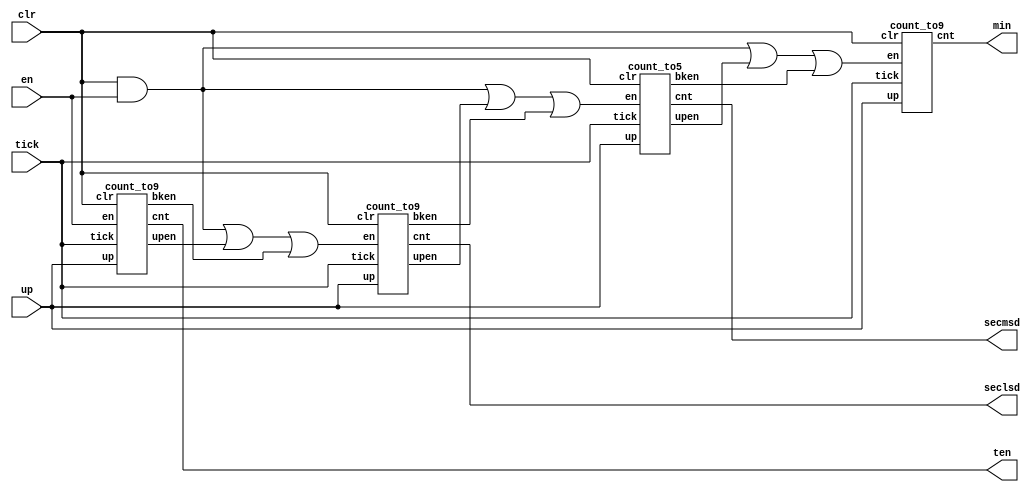
// Counts up or down from 0 to 10 minutes,
// with precision of 1/10th second
// Based on count00to59.v
//
// Shaya Wolf
// 2017-04-26

module counter(min,secmsd,seclsd,ten,tick,clr,en,up);
	output [3:0] min,secmsd,seclsd,ten;
	input  tick,clr,en,up;

	wire  upen,bken,mupen,mbken,minupen,minbken,lsden,msden,minen;

	count_to9 tenth(ten,tick,clr,en,up,upen,bken);
	count_to9 lsdig_second(seclsd,tick,clr,lsden,up,mupen,mbken);
	count_to5 msdig_second(secmsd,tick,clr,msden,up,minupen,minbken);
	count_to9 minute(min,tick,clr,minen,up, , );

	assign lsden = (clr && en) || upen || bken;
	assign msden = (clr && en) || mupen || mbken;
	assign minen = (clr && en) || minupen || minbken;
endmodule

// count_to9.v
// ctrl --> 1 - Minutes | 2 - Seconds | 3 - Tenths
module count_to9(cnt,tick,clr,en,up,upen,bken);
	output reg [3:0] cnt;
	output       upen, bken;
	input        tick, clr, en, up;

	reg    [3:0] ncnt = 4'b0000;

	// Go to next count every posedge of the clock
	always @(posedge tick)
	begin
		if(en)
			cnt <= ncnt;
		else
			cnt <= cnt;
        if(clr)
            cnt <= 0;
	end

	// Handle rollover
	always @(cnt or up)
	begin
		if(up)
			ncnt=(cnt==9) ? 0 : cnt+4'b0001;
		else
			ncnt=(cnt==0) ? 9 : cnt-4'b0001;
	end

	assign upen = (cnt==9) && up && en;
	assign bken = (cnt==0) && !up && en;
endmodule

// count_to5.v
module count_to5(cnt,tick,clr,en,up,upen,bken);
	output reg [3:0] cnt;
	output       upen, bken;
	input        tick, clr, en, up;

	reg    [3:0] ncnt = 4'b0000;

	// Go to next count every posedge of the clock
	always @(posedge tick)
	begin
		if(en)
            cnt <= ncnt;
        else
            cnt <= cnt;
        if(clr)
            cnt <= 0;
	end

	// Handle rollover
	always @(cnt or up)
	begin
		if(up)
			ncnt=(cnt==5) ? 0 : cnt+4'b0001;
		else
			ncnt=(cnt==0) ? 5 : cnt-4'b0001;
	end

	assign upen = (cnt==5) && up && en;
	assign bken = (cnt==0) && !up && en;
endmodule